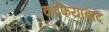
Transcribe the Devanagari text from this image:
काफियाबाद